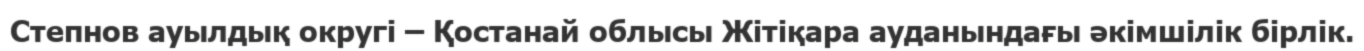
Степнов ауылдық округі – Қостанай облысы Жітіқара ауданындағы әкімшілік бірлік.